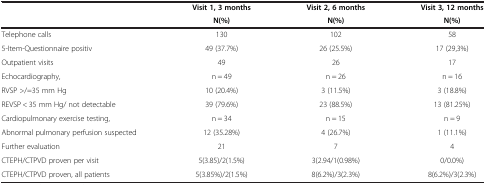
<table><thead><tr><td><b> </b></td><td><b>Visit 1, 3 months</b></td><td><b>Visit 2, 6 months</b></td><td><b>Visit 3, 12 months</b></td></tr><tr><td><b> </b></td><td><b>N(%)</b></td><td><b>N(%)</b></td><td><b>N(%)</b></td></tr></thead><tbody><tr><td>Telephone calls</td><td>130</td><td>102</td><td>58</td></tr><tr><td>5-Item-Questionnaire positiv</td><td>49 (37.7%)</td><td>26 (25.5%)</td><td>17 (29,3%)</td></tr><tr><td>Outpatient visits</td><td>49</td><td>26</td><td>17</td></tr><tr><td>Echocardiography,</td><td>n = 49</td><td>n = 26</td><td>n = 16</td></tr><tr><td>RVSP &gt;/=35 mm Hg</td><td>10 (20.4%)</td><td>3 (11.5%)</td><td>3 (18.8%)</td></tr><tr><td>REVSP &lt; 35 mm Hg/ not detectable</td><td>39 (79.6%)</td><td>23 (88.5%)</td><td>13 (81.25%)</td></tr><tr><td>Cardiopulmonary exercise testing,</td><td>n = 34</td><td>n = 15</td><td>n = 9</td></tr><tr><td>Abnormal pulmonary perfusion suspected</td><td>12 (35.28%)</td><td>4 (26.7%)</td><td>1 (11.1%)</td></tr><tr><td>Further evaluation</td><td>21</td><td>7</td><td>4</td></tr><tr><td>CTEPH/CTPVD proven per visit</td><td>5(3.85)/2(1.5%)</td><td>3(2.94/1(0.98%)</td><td>0/0.0%)</td></tr><tr><td>CTEPH/CTPVD proven, all patients</td><td>5(3.85%)/2(1.5%)</td><td>8(6.2%)/3(2.3%)</td><td>8(6.2%)/3(2.3%)</td></tr></tbody></table>